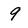
Character: 9